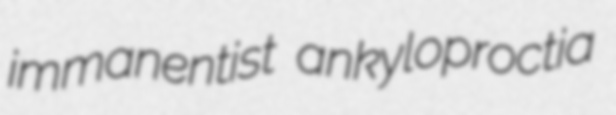
immanentist ankyloproctia